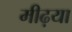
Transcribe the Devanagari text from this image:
मीढ़या